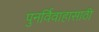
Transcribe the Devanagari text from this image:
पुनर्विवाहासाठी